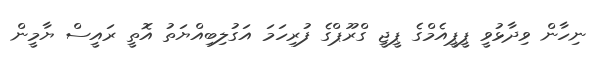
ނިހާން ވިދާޅުވީ ޕީޕީއެމްގެ ޕީޖީ ގްރޫޕްގެ ފުރިހަމަ އަގުލިބިއްޔަތު އޮތީ ރައީސް ޔާމީން